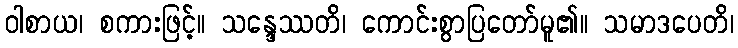
ဝါစာယ၊ စကားဖြင့်။ သန္ဒေဿတိ၊ ကောင်းစွာပြတော်မူ၏။ သမာဒပေတိ၊